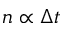
n \propto \Delta t